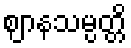
ဈာနသမ္ပတ္တိ